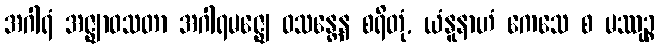
အဂါရံ အဇ္ဈာဝသတာ အဂါရမဇ္ဈေ ဝသန္တေန စရိတုံ, ယံနူနာဟံ ကေသေ စ မဿုဉ္စ